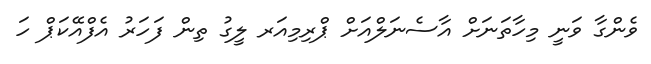
ވެންގާ ވަނީ މިހާތަނަށް އާސެނަލްއަށް ޕްރިމިއަރ ލީގު ތިން ފަހަރު އެފްއޭކަޕް ހަ